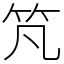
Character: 竼